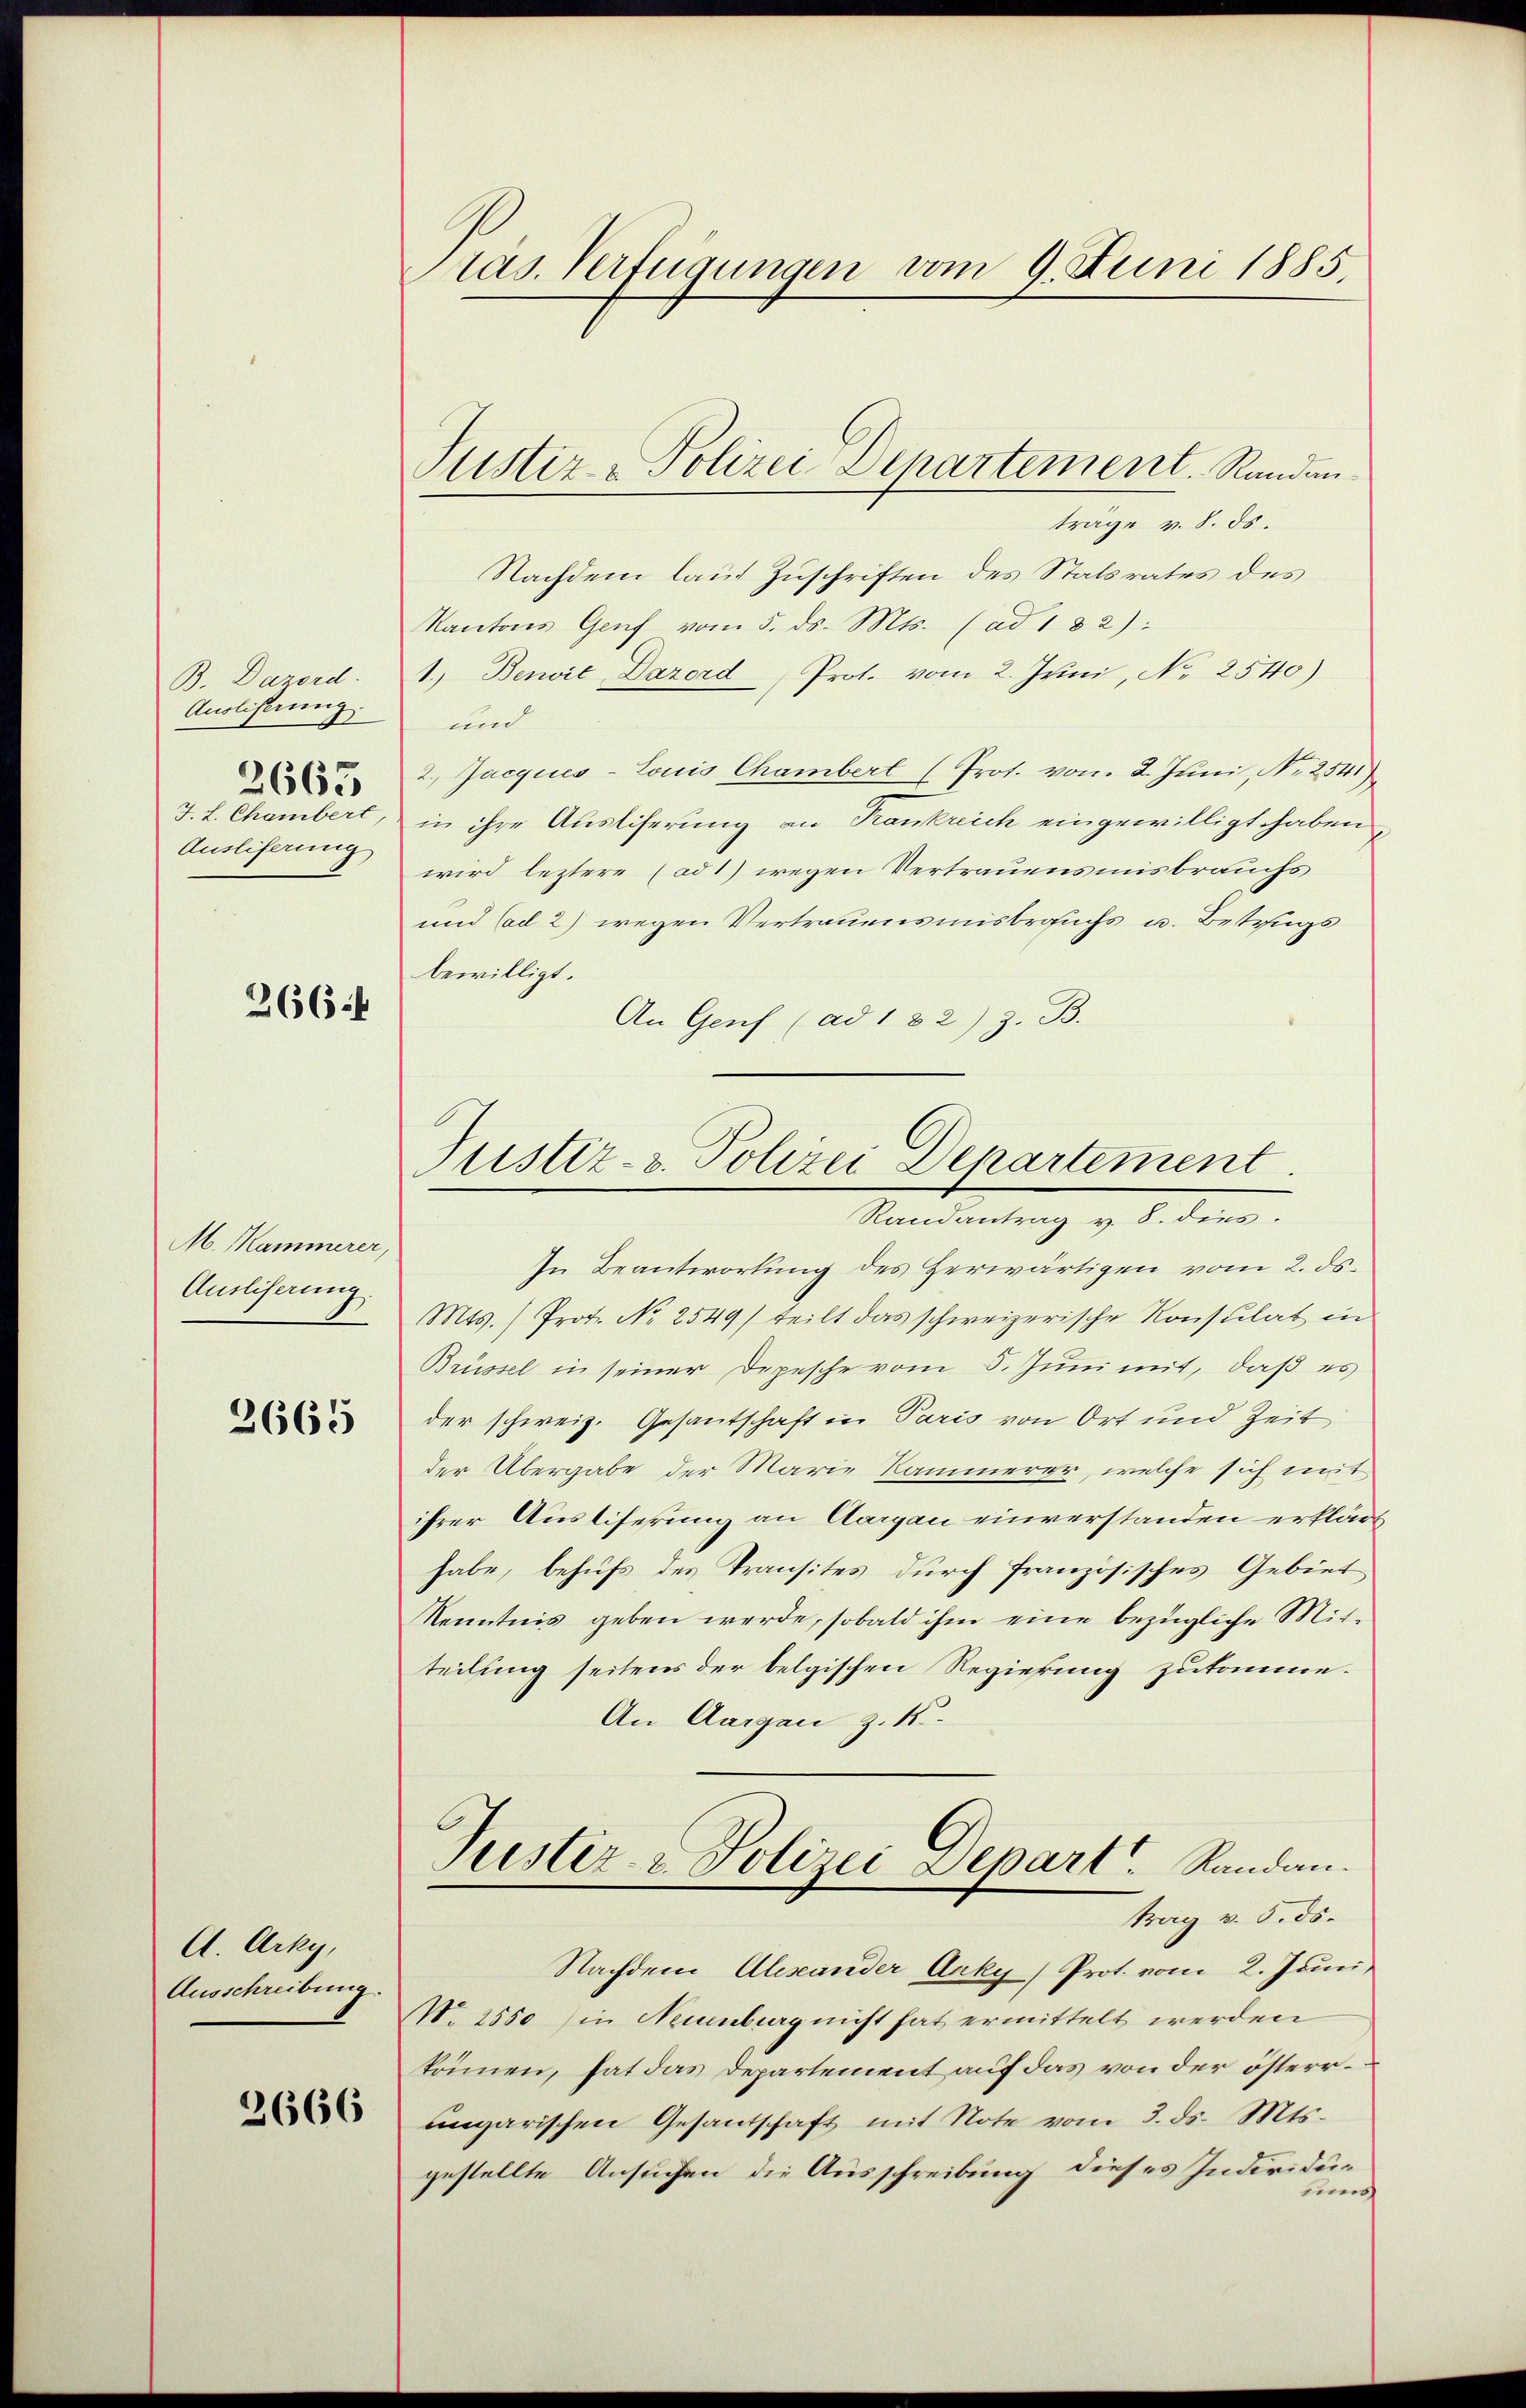
B. Dazord.
Auslieferung.
2665
J. L. Chambert
Ausliferung

366 f

M. Kammerer,
Ausliserung.

2665

A. Arky,
Ausschreibung.

2666

Mas. Verfügungen vom 9. Juni 1885.

Justiz-Polizei Departement. Randan¬

trage v. 8. ds.
Nachdem laut Zuschriften des Statsrates des
Kantons Genf vom 5. ds. Mts. (ad 182):
1. Benwit Dazord Prot. vom 2. Juni, No 2540)
und
2.) Jacques-Louis Chambert (Prot. vom 2. Juni, Nr. 2541
in ihre Auslieferung an Frankreich eingewilligt haben,
wird leztere (ad 1) wegen Vertrauensmisbrauchs
und (ad 2) wegen Vertrauensmisbrauchs u. Betrags
bewilligt.
An Genf (ad 132) z. B.

Justiz- & Polizei Departement.
Randantrag v. 8. dies.

In Beantwortung des Herwärtigen vom 2. ds.
Mts. (Prot. No 2549) teilt das schweizerische Konsulat in
Brüssel in seiner Depesche vom 5. Juni mit, daß es
der schweiz. Gesantschaft in Paris von Ort und Zeit
der Übergabe der Marie Kammerer, welche sich mit
ihrer Auslieferung an Aargau einverstanden erklärt
habe, behufs des Transites durch französisches Gebiet
Kenntnis geben werde, sobald ihm eine bezügliche Mit-
teilung seitens der belgischen Regierung zukomme.
An Aargau z. K.
Justiz- & Polizei Depart Randantrag v. 5. ds.
Nachdem Abstander Anky, Prot. vom 2. Juni,
N. 2550) in Neuenburg nicht hat ermittelt werden
können, hat das Departement auf das von der österrungarischen Gesantschaft mit Note vom 3. ds. Mts.
gestellte Ansuchen die Ausschreibung dieses Individun